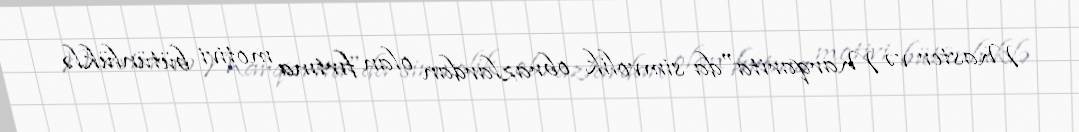
Master və Marqarita"da simvolik obrazlardan olan fırtına motivi bütünlüklə